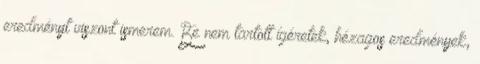
eredményt viszont ismerem. Be nem tartott ígéretek, hézagos eredmények,